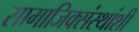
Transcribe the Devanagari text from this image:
सामाजिक्संस्थांशी